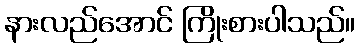
နားလည်အောင် ကြိုးစားပါသည်။